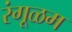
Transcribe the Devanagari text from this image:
रंगूळम